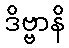
ဒိဗ္ဗာနိ